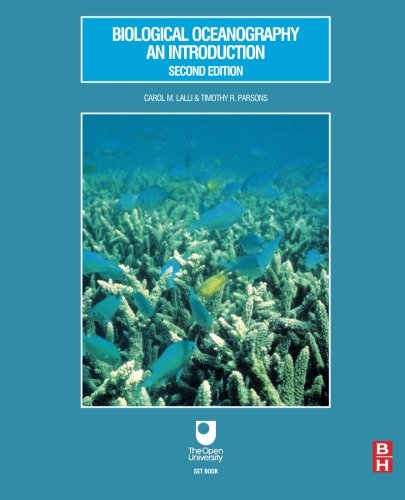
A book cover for Biological Oceanography: An Introduction, Second Edition; Carol Lalli; Science & Math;